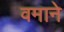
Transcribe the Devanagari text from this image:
वमाने